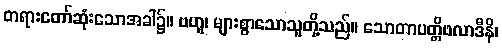
တရားတော်ဆုံးသောအခါ၌။ ဗဟူ၊ များစွာသောသူတို့သည်။ သောတာပတ္တိဖလာဒီနိ၊